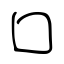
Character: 口